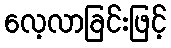
လေ့လာခြင်းဖြင့်